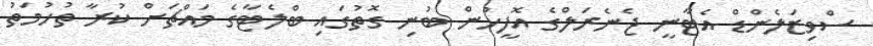
ސްވިޒަލެންޑް އެޓާނީ ޖެނެރަލްގެ އޮފީހުން ބުނި ގޮތުގައި ބްލެޓާގެ މައްޗަށް ކުރާ ތުހުމަތު